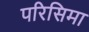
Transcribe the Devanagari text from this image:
परिसिमा